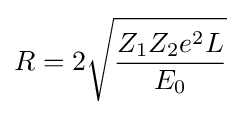
R=2{\sqrt {\frac {Z_{1}Z_{2}e^{2}L}{E_{0}}}}